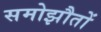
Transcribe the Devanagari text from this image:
समोझौतों